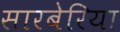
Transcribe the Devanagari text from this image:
सारबेरिया